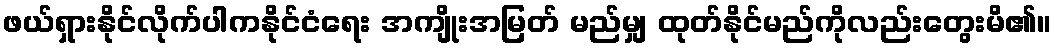
ဖယ်ရှားနိုင်လိုက်ပါကနိုင်ငံရေး အကျိုးအမြတ် မည်မျှ ထုတ်နိုင်မည်ကိုလည်းတွေးမိ၏။